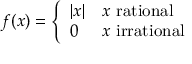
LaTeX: f ( x ) = { \left\{ \begin{array} { l l } { | x | } & { x { \mathrm { ~ r a t i o n a l ~ } } } \\ { 0 } & { x { \mathrm { ~ i r r a t i o n a l ~ } } } \end{array} \right. }